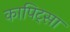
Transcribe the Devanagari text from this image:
कापिट्सा